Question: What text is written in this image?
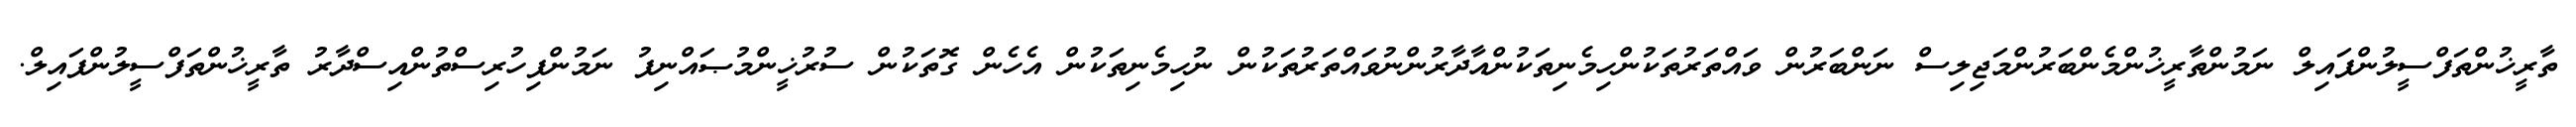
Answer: ތާރީޚުންތަފްސީލުންފައިލް ނަމުންތާރީޚުންމެންބަރުންމަޖިލިސް ނަންބަރުން ވައްތަރުތަކުންހިމެނިތަކުންއާދާރުންނުވައްތަރުތަކުން ނުހިމެނިތަކުން އެހެން ގޮތަކުން ސުރުޚީންމުޞައްނިފު ނަމުންފިހުރިސްތުންއިސްދާރު ތާރީޚުންތަފްސީލުންފައިލް.